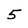
Character: 5